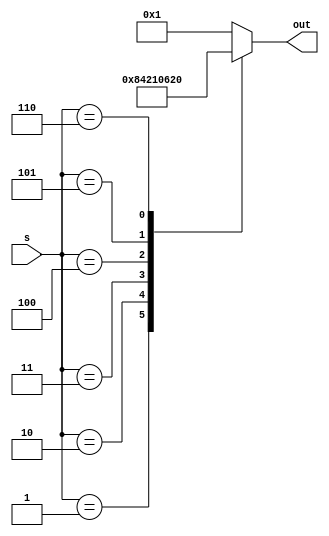
module decoder (s, out);
input [2:0] s;               //
output reg [5:0] out;

always @ (*)
	case(s)
	3'd0 : out <= 6'd1;       //0001
	3'd1 : out <= 6'd2;       //0012
	3'd2 : out <= 6'd4;       //0104
	3'd3 : out <= 6'd8;       //0118
	3'd4 : out <= 6'd16;      //10016 
	3'd5 : out <= 6'd24;      //10124
	3'd6 : out <= 6'd32;      //11032
	default : out <= 6'd1;    //default valuelatch
	endcase
	
endmodule